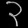
Digit: ၃